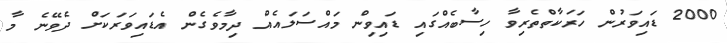
2000 ޑައިވަރުން ހަރަކާތްތެރިވާ ހިސާބެއްގައި ޑައިވިން މައްސަލައެއް ދިމާވެގެން އެޑައިވަރަކަށް ދެވޭނެ މާ